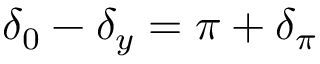
\delta _ { 0 } - \delta _ { y } = \pi + \delta _ { \pi }